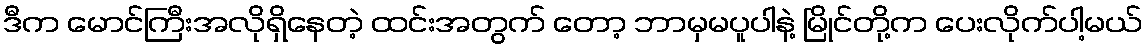
ဒီက မောင်ကြီးအလိုရှိနေတဲ့ ထင်းအတွက် တော့ ဘာမှမပူပါနဲ့ မြိုင်တို့က ပေးလိုက်ပါ့မယ်